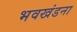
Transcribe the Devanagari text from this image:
भवखंडना